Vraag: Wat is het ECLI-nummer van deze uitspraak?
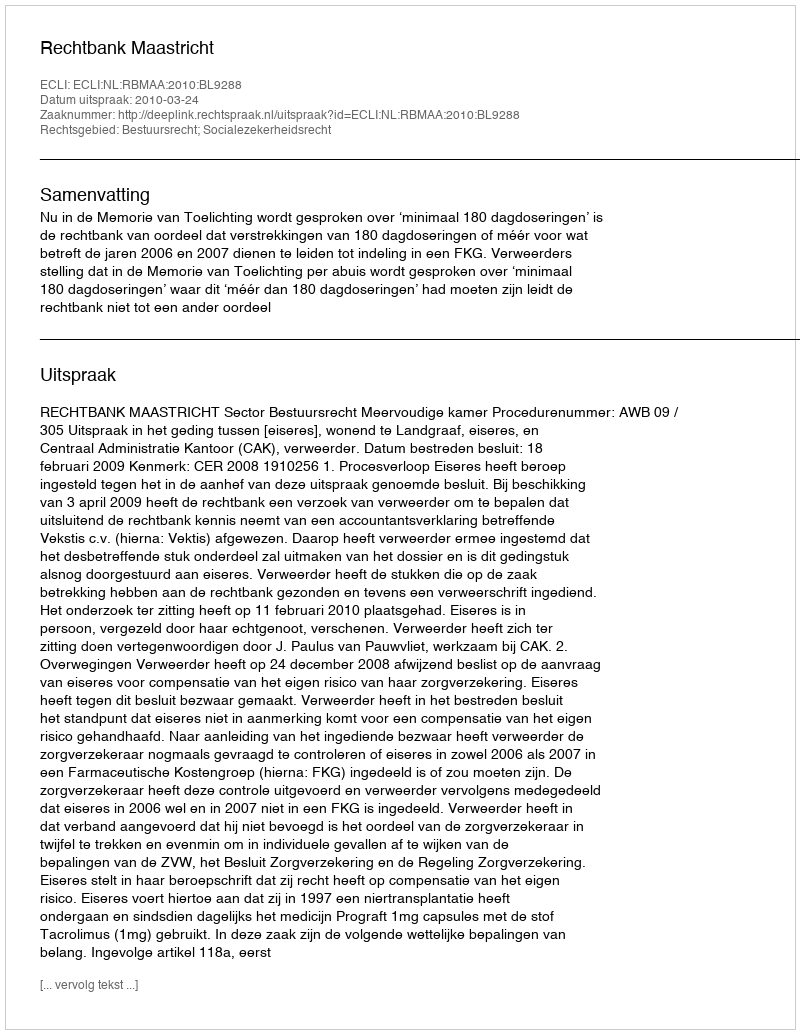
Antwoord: ECLI:NL:RBMAA:2010:BL9288